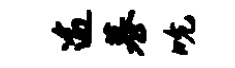
逾慕吮